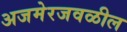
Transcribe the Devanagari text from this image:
अजमेरजवळील